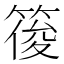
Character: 䈗